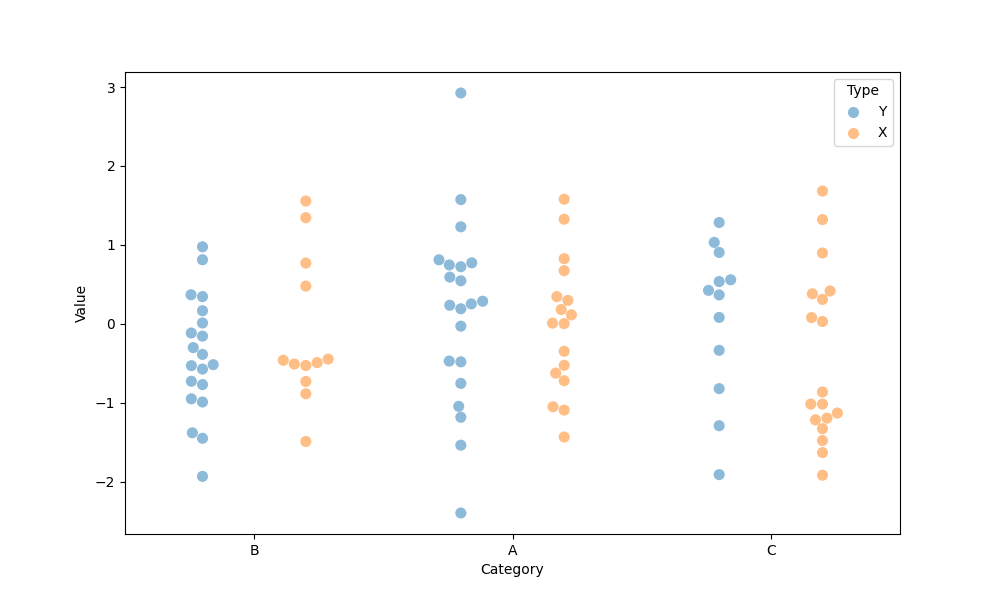
python, seaborn, swarmplot, dodge=True, alpha=0.5, size=8